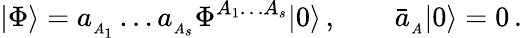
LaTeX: |\Phi\rangle=a_{_{A_{1}}}\ldots a_{_{A_{s}}}\Phi^{{\scriptstyle A_{1}\ldots A_{s}}}|0\rangle\, ,\qquad\bar{a}_{_A}|0\rangle=0\, .